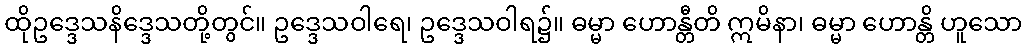
ထိုဥဒ္ဒေသနိဒ္ဒေသတို့တွင်။ ဥဒ္ဒေသဝါရေ၊ ဥဒ္ဒေသဝါရ၌။ ဓမ္မာ ဟောန္တီတိ ဣမိနာ၊ ဓမ္မာ ဟောန္တိ ဟူသော